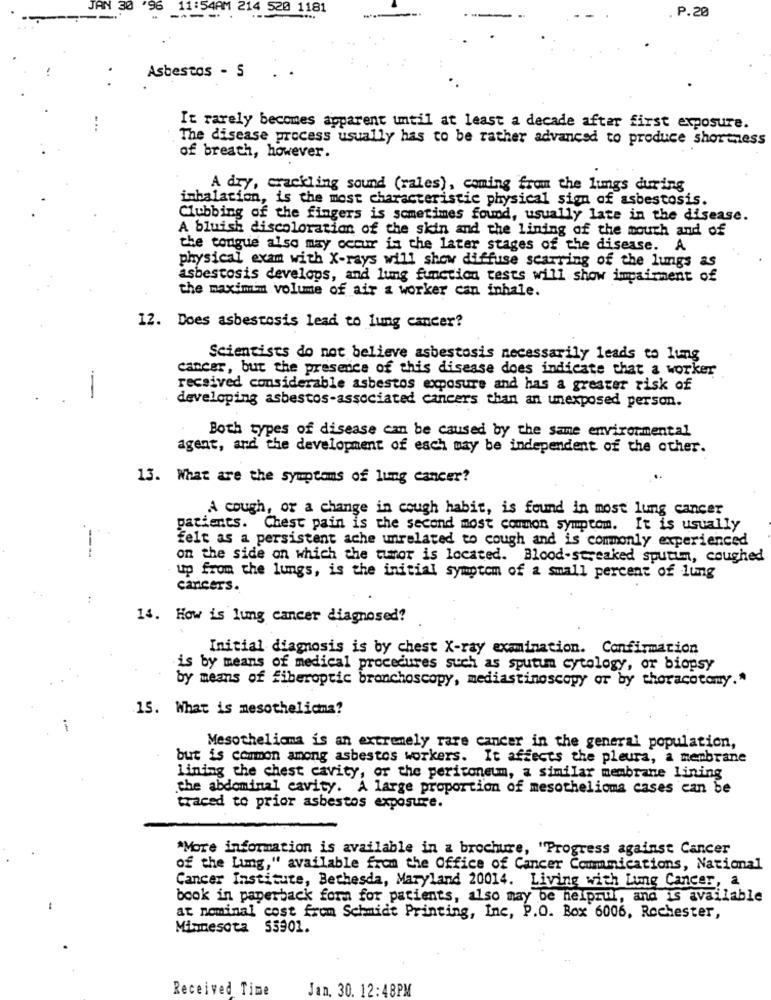
96
11:54AM 214 520 1181
P.20
Asbestos - 5
It rarely becomes apparent until at least a decade after first exposure.
The disease process usually has to be rather advanced to produce shortness
of breath, however.
A dry, crackling sound (rales), coming from the lungs during
, is the most characteristic physical sign of asbestosis.
inhalation,
Clubbing of the fingers is sometimes found, usually late in the disease.
A bluish discoloration of the skin and the lining of the mouth and of
the tongue also may occur in the later stages of the disease. A
physical exam with X-rays will show diffuse scarring of the lungs as
asbestosis develops, and lung function tests will show impairment of
the maximi'm volume of air z worker can inhale.
12. Does asbestosis lead to lung cancer?
Scientists do not believe asbestosis necessarily leads to lung
cancer, but the presence of this disease does indicate that a worker
received considerable asbestos exposure and has a greater risk of
--
developing asbestos-associated cancers than an unexposed person.
Both types of disease can be caused by the same environmental
agent, and the development of each may be independent of the other.
13. What are the symptoms of lung cancer?
A cough, or a change in cough habit, is found in most lung cancer
patients. Chest pain is the second most common symptom. It is usually
felt as a persistent ache unrelated to cough and is commonly experienced
--
on the side on which the tumor is located. Blood-streaked sputum, coughed
up from the lungs, is the initial symptom of a small percent of lung
cancers.
14. How is lung cancer diagnosed?
Initial diagnosis is by chest X-ray examination. Confirmation
is by means of medical procedures such as sputum cytology, or biopsy
by means of fiberoptic bronchoscopy, mediastinoscopy or by thoracotamy."
15. What is mesothelioma?
Mesothelioma is an extremely rare cancer in the general population,
but is common among asbestos workers. It affects the pleura, a membrane
lining the chest cavity, or the peritoneum, a similar membrane lining
the abdominal cavity. A large proportion of mesothelioma cases can be
traced to prior asbestos exposure.
^More information is available in a brochure, "Progress against Cancer
of the Lung," available from the Office of Cancer Communications, National
Cancer Institute, Bethesda, Maryland 20014. Living with Lung Cancer, a
book in paperback form for patients, also may be helprull, and is available
at nominal cost from Schmidt Printing, Inc, P.O. Box 6006, Rochester,
Minnesota 55901.
Received Time
Jan. 30. 12:48PM